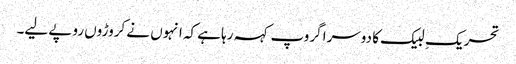
تحریکِ لبیک کا دوسرا گروپ کہہ رہا ہے کہ انہوں نے کروڑوں روپے لیے۔